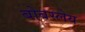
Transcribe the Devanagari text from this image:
बोबस्लेय